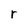
Character: r